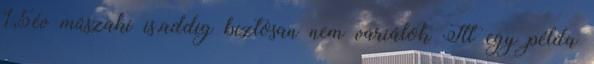
1,5év műszaki is,addig biztosan nem variálok Itt egy példa